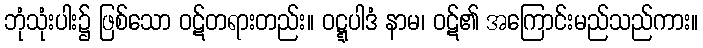
ဘုံသုံးပါး၌ ဖြစ်သော ဝဋ်တရားတည်း။ ဝဋ္ဋပါဒံ နာမ၊ ဝဋ်၏ အကြောင်းမည်သည်ကား။